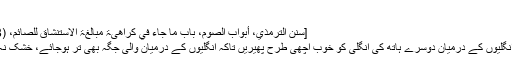
‘‘
[سنن الترمذي، أبواب الصوم، باب ما جاء في کراھیۃ مبالغۃ الاستنشاق للصائم، (788)]
ہر دو انگلیوں کے درمیان دوسرے ہاتھ کی انگلی کو خوب اچھی طرح پھیریں تاکہ انگلیوں کے درمیان والی جگہ بھی تَر ہوجائے، خشک نہ رہے۔